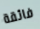
فائقة